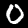
Digit: 0